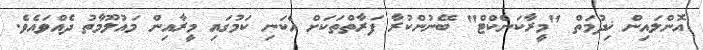
އޮންލައިން ޚިދުމަތް "މީރާކަނެކްޓް" ބޭނުންކުރާ ފަރާތްތަކަށް އެކަނި ކަމުގައި މީރާއިން މައުލޫމާތު ދެއްވައެވެ.